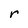
Character: r